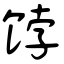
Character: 饽